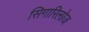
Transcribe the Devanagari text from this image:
सिगारिलोज